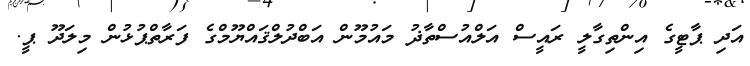
އަދި ޕާޓީގެ އިންތިގާލީ ރައީސް އަލްއުސްތާޛު މައުމޫން އަބްދުލްޤައްޔޫމްގެ ފަރާތްޕުޅުން މިލަދޫ ޕީ.